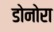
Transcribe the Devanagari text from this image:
डोनोरा